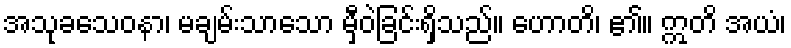
အသုခသေဝနာ၊ မချမ်းသာသော မှီဝဲခြင်းရှိသည်။ ဟောတိ၊ ၏။ ဣတိ အယံ၊